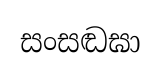
සංසඬඝා